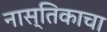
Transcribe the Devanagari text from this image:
नास्तिकाचा